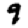
Digit: 9